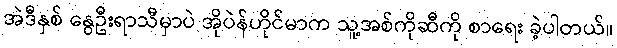
အဲဒီနှစ် နွေဦးရာသီမှာပဲ အိုပဲန်ဟိုင်မာက သူ့အစ်ကိုဆီကို စာရေး ခဲ့ပါတယ်။